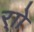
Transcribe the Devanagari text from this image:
र्‍ाो